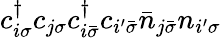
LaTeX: c_{i\sigma}^{\dagger}c_{j\sigma}c_{i\bar{\sigma}}^{\dagger}c_{i^{\prime}\bar{\sigma}}\bar{n}_{j\bar{\sigma}}n_{i^{\prime}\sigma}